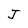
Character: J